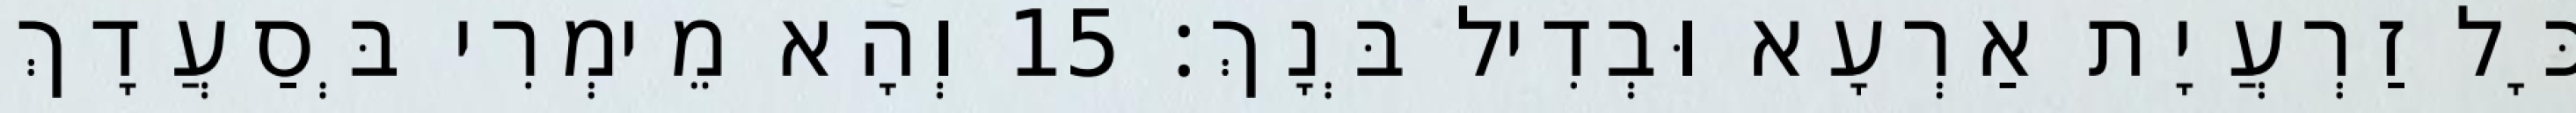
כָּל זַרְעֲיָת אַרְעָא וּבְדִיל בְּנָךְ׃ 15 וְהָא מֵימְרִי בְּסַעֲדָךְ